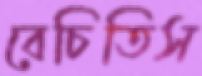
বেচিতিস